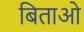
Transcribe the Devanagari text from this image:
बिताओ